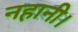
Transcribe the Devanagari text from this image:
नहानी।